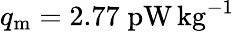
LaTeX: q_{\mathrm{m}}=2.77\; \mathrm{pW}\, \mathrm{kg}^{-1}